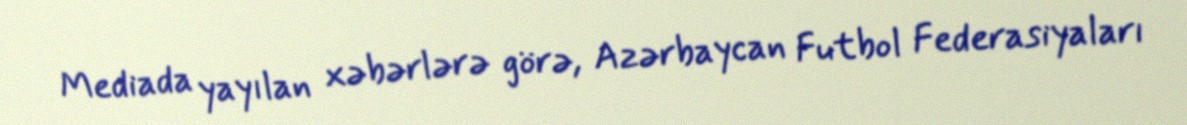
Mediada yayılan xəbərlərə görə, Azərbaycan Futbol Federasiyaları